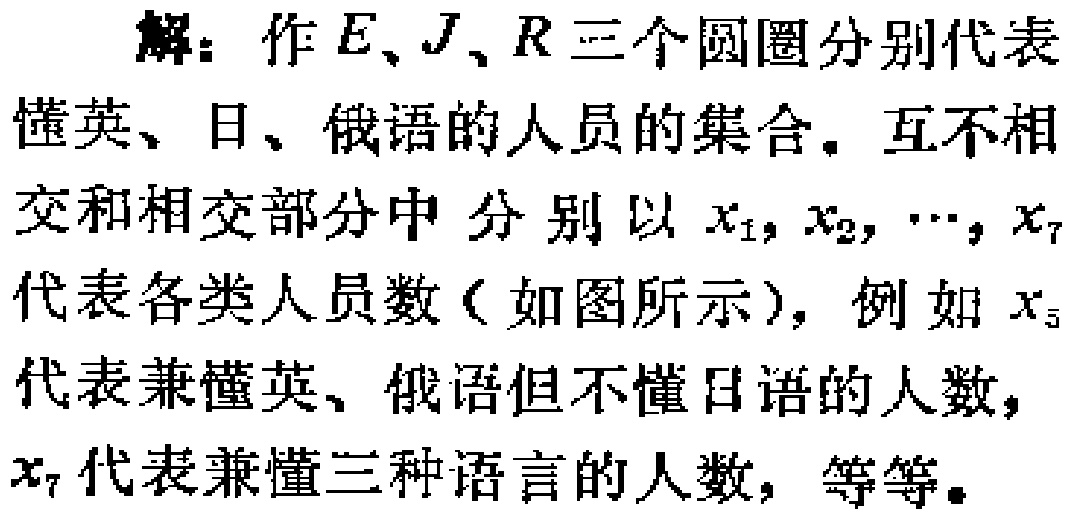
解：作\(E\)、\(J\)、\(R\)三个圆圈分别代表懂英、日、俄语的人员的集合。互不相交和相交部分中分别以\(x_1, x_2, \cdots, x_7\)代表各类人员数（如图所示），例如\(x_5\)代表兼懂英、俄语但不懂日语的人数，\(x_7\)代表兼懂三种语言的人数，等等。